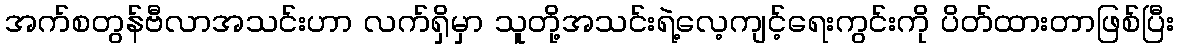
အက်စတွန်ဗီလာအသင်းဟာ လက်ရှိမှာ သူတို့အသင်းရဲ့လေ့ကျင့်ရေးကွင်းကို ပိတ်ထားတာဖြစ်ပြီး